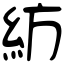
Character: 紡